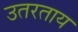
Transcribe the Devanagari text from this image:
उतरताय